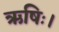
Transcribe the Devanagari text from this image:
ऋषिः।